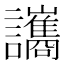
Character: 讗